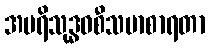
အပရိသုဒ္ဓဝစီသမာစာရတာ